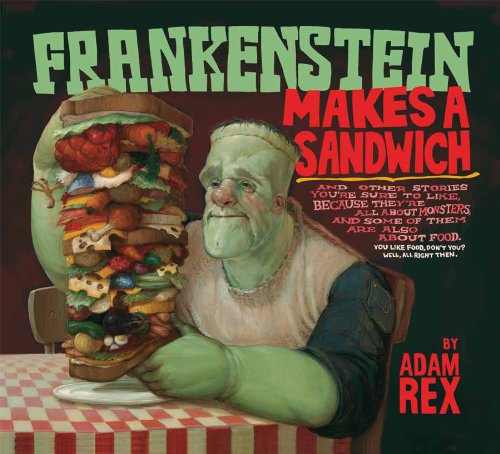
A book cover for Frankenstein Makes a Sandwich; Adam Rex; Literature & Fiction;